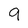
Character: 9